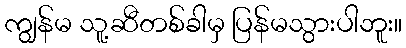
ကျွန်မ သူ့ဆီတစ်ခါမှ ပြန်မသွားပါဘူး။